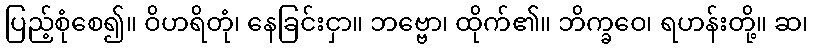
ပြည့်စုံစေ၍။ ဝိဟရိတုံ၊ နေခြင်းငှာ။ ဘဗ္ဗော၊ ထိုက်၏။ ဘိက္ခဝေ၊ ရဟန်းတို့။ ဆ၊